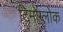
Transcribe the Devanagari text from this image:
टिमोग्लोक